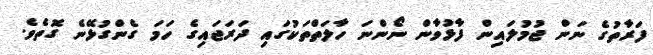
ފަރާތުގެ ނަން ޖުމުލައިން ފާޅުވާން ނޯންނަ ހާލަތްތަކުގައި ދަރަޖައިގެ ހަމަ ގެންގުޅޭނެ ގޮތެވެ.